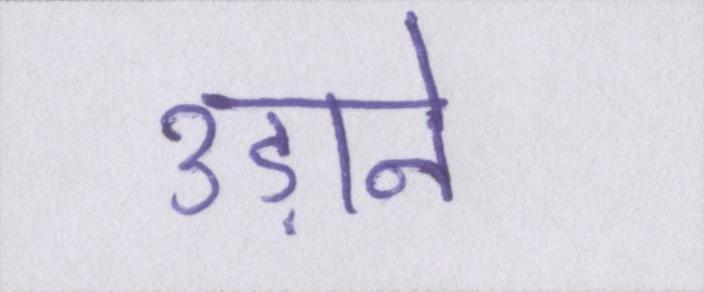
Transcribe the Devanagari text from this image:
उड़ाने